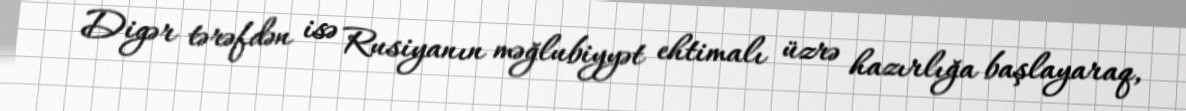
Digər tərəfdən isə Rusiyanın məğlubiyyət ehtimalı üzrə hazırlığa başlayaraq,